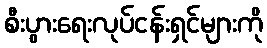
စီးပွားရေးလုပ်ငန်းရှင်များကို